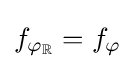
f_{\varphi _{\mathbb {R} }}=f_{\varphi }